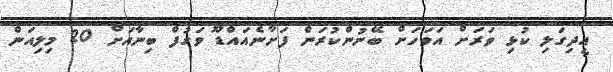
އީދިގަލި ކުޅި ވަރަށް އަވަހަށް ބޭނުންކުރަން ފަށާނެއައްޑޫ ވަގުފް ބިނާއަށް 20 މިލިއަން